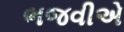
ભજવીએ